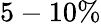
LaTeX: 5-10\%